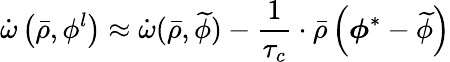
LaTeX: \dot{\omega}\left(\bar{\rho},\phi^{l}\right)\approx\dot{\omega}(\bar{\rho},\widetilde{\phi})-\frac{1}{\tau_{c}}\cdot\bar{\rho}\left(\boldsymbol{\phi}^{*}-\widetilde{\phi}\right)